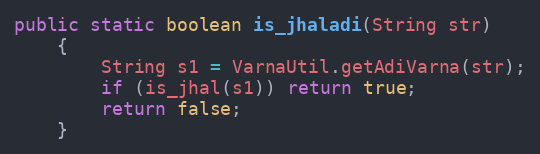
Language: Java
public static boolean is_jhaladi(String str)
    {
        String s1 = VarnaUtil.getAdiVarna(str);
        if (is_jhal(s1)) return true;
        return false;
    }